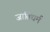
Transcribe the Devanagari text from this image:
जातिधर्म